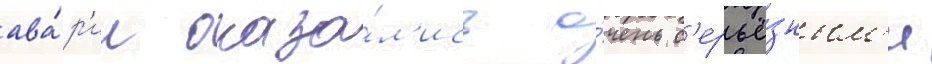
ава́р'ии оказа́л'ись о́чень с'ерьё́зным'и